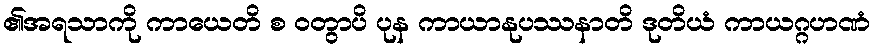
၏အရသာကို ကာယေတိ စ ဝတွာပိ ပုန ကာယာနုပဿနာတိ ဒုတိယံ ကာယဂ္ဂဟဏံ